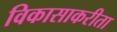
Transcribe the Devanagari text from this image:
विकासाकरीता